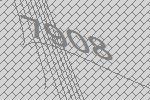
7908